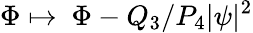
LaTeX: \Phi\mapsto\ \Phi-Q_{3}/P_{4}|\psi|^{2}